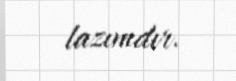
lazımdır.